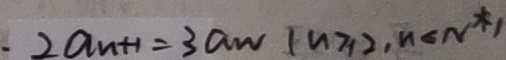
\cdot 2 a _ { n + 1 } = 3 a w ( n \geq 2 , n \leq N ^ { \ast } )